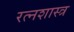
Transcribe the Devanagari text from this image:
रत्नशास्त्र